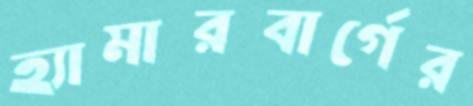
হ্যামারবার্গের